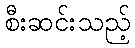
စီးဆင်းသည့်